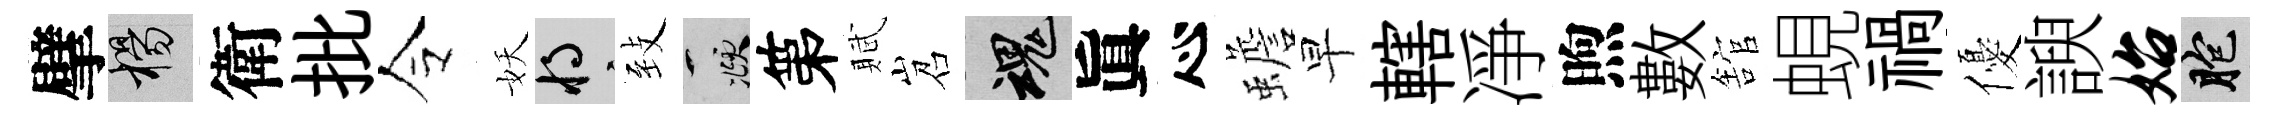
擘楊衛批令妖將𦤺頫第賦岧魂眞心蟾早轄凈煦數舘蜆禍優諛始胞